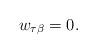
LaTeX: \begin{align*} w_{\tau\beta} = 0.\end{align*}